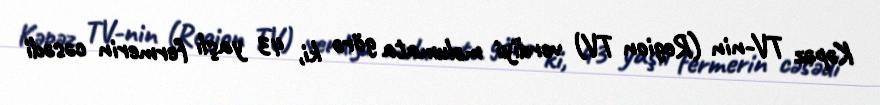
Kəpəz TV-nin (Region TV) verdiyi məlumata görə ki, 43 yaşlı fermerin cəsədi